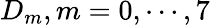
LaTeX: D_{m},m=0,\cdots,7